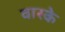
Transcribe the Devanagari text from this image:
वारके